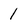
Character: 1